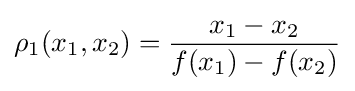
\rho _{1}(x_{1},x_{2})={\frac {x_{1}-x_{2}}{f(x_{1})-f(x_{2})}}